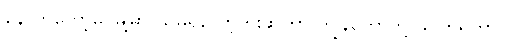
နောက်တော့မှ မြို့မှာ သူမရှိတော့ဘူးဆိုတာ ကျွန်တော်တို့ သိကြရတာပဲ